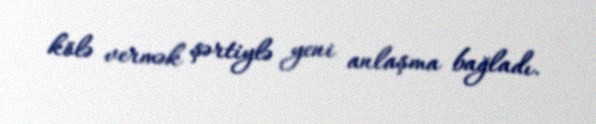
kölə vermək şərtiylə yeni anlaşma bağladı.